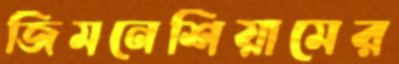
জিমনেশিয়ামের